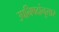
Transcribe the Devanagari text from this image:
उपनिषदांनुसार